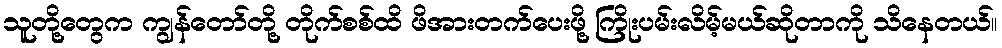
သူတို့တွေက ကျွန်တော်တို့ တိုက်စစ်ထိ ဖိအားတက်ပေးဖို့ ကြိုးပမ်းလိမ့်မယ်ဆိုတာကို သိနေတယ်။